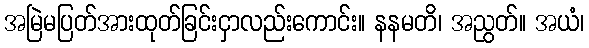
အမြဲမပြတ်အားထုတ်ခြင်းငှာလည်းကောင်း။ နနမတိ၊ အညွတ်။ အယံ၊